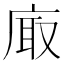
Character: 𢈾